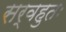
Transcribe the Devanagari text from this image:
सर्वहुतः